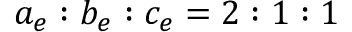
a _ { e } : b _ { e } : c _ { e } = 2 : 1 : 1